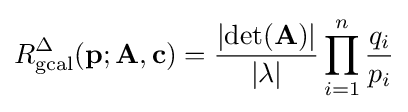
R_{\text{gcal}}^{\Delta }(\mathbf {p} ;\mathbf {A} ,\mathbf {c} )={\frac {\left|\operatorname {det} (\mathbf {A} )\right|}{|\lambda |}}\prod _{i=1}^{n}{\frac {q_{i}}{p_{i}}}